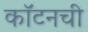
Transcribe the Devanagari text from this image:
कॉटनची